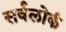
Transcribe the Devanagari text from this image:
सर्वलोकं